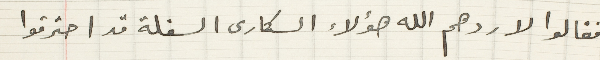
فقالوا لا ردهم الله هؤلاء السكارى السفلة قد احترقوا